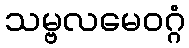
သမ္ဗလမေဝဂ္ဂံ